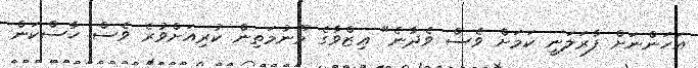
އަހަންނަށް ފާރަލަނީ ކަމަށް ވެސް ވެދާނެ" ޢިޒްވާގެ މޫނުމަތިން ކުރިއަށްވުރެ ވެސް ހާސްކަން